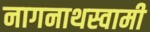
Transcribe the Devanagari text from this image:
नागनाथस्वामी